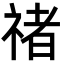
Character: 禇